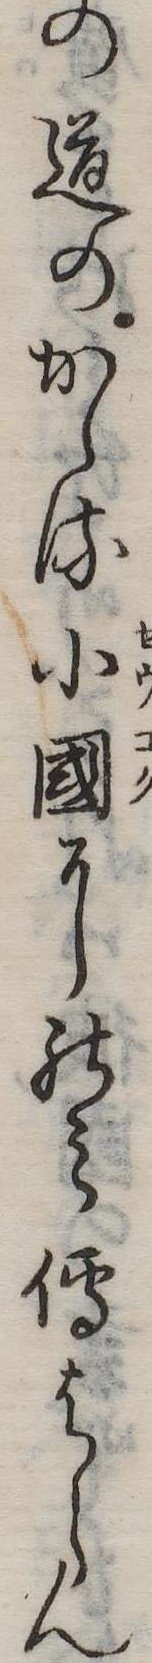
の道のかゝる小国にのみ伝はらん